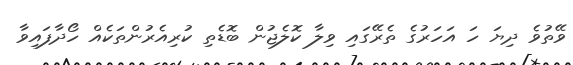
ވޭތުވެ ދިޔަ ހަ އަހަރުގެ ތެރޭގައި ވިލާ ކޮލެޖުން ބޮޑެތި ކުރިއެރުންތަކެއް ހޯދާފައިވާ